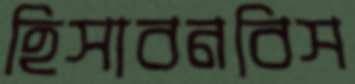
হিসাবনবিস